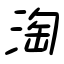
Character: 淘